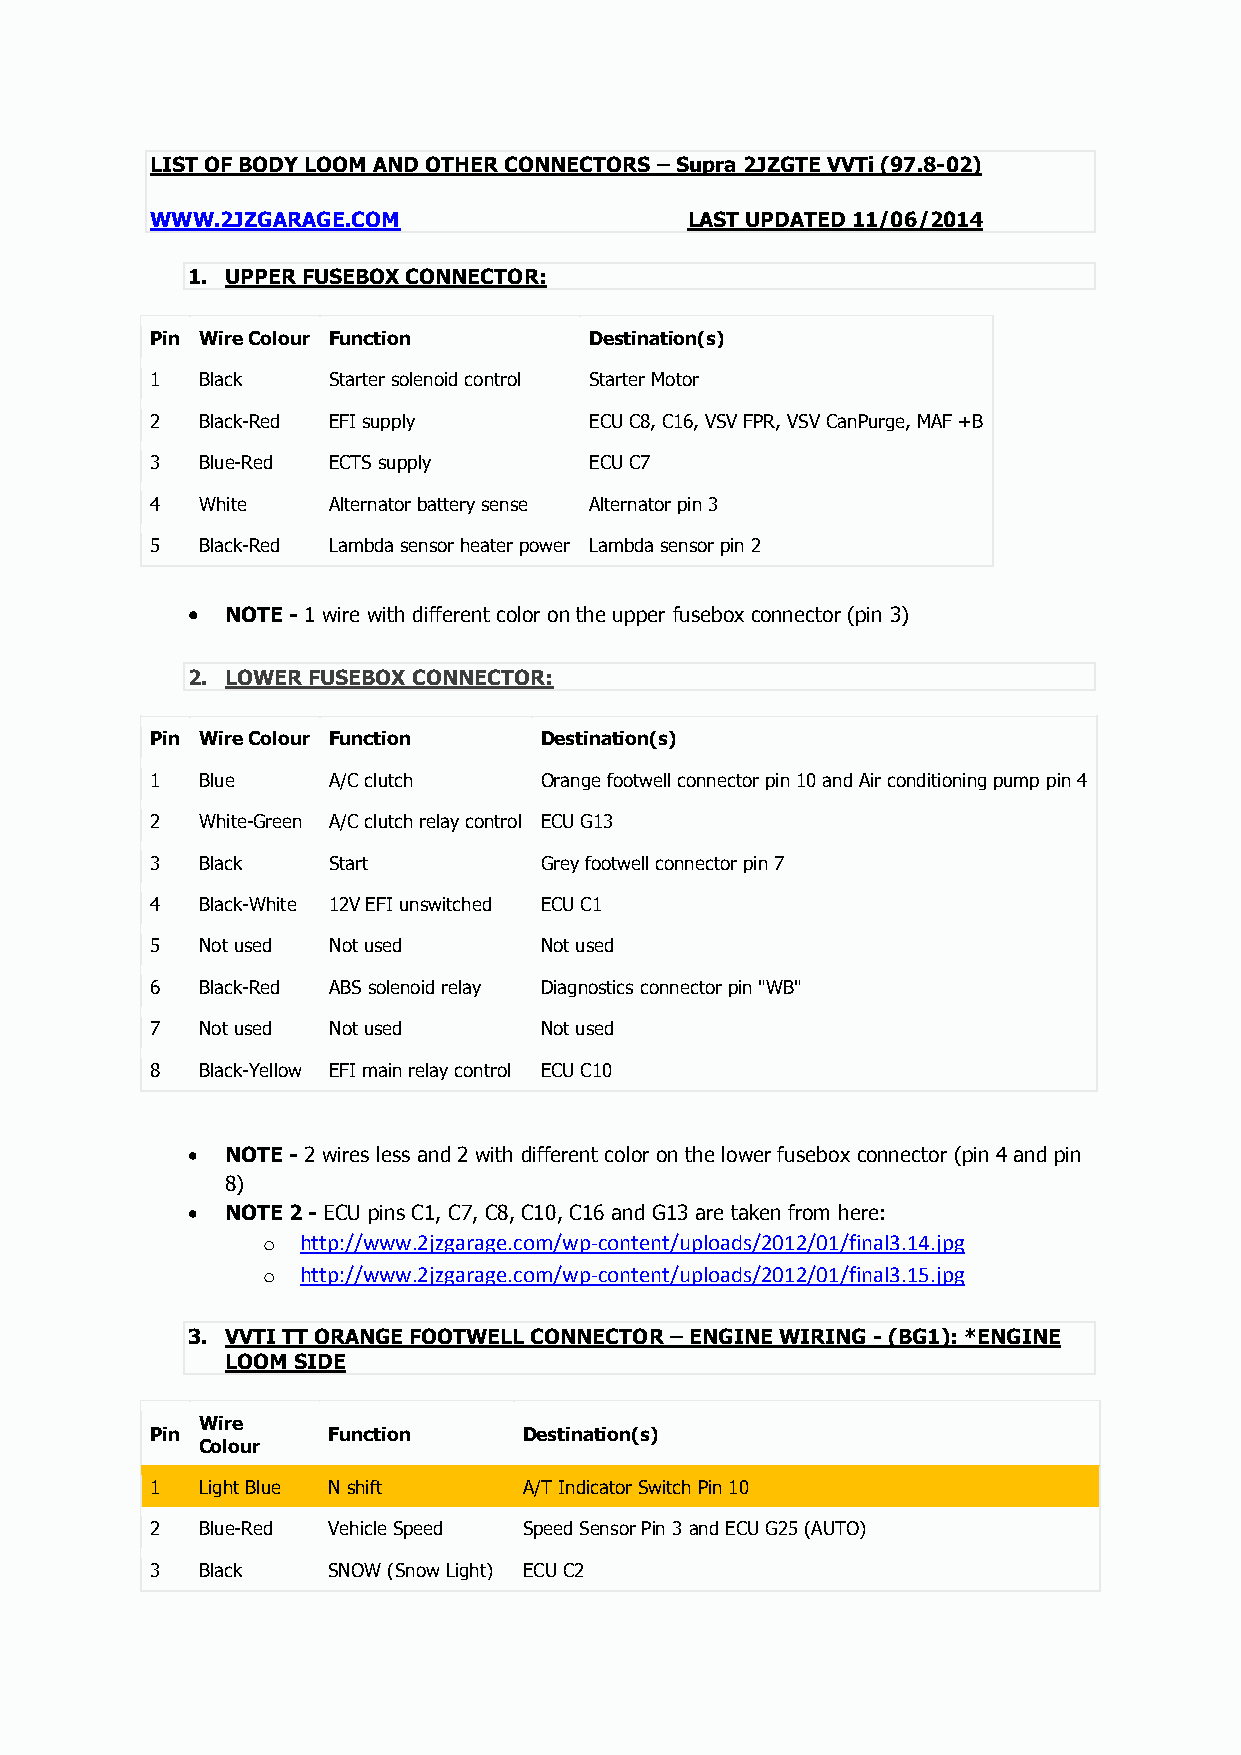
LIST OF BODY LOOM AND OTHER CONNECTORS – Supra 2JZGTE VVTi (97.8-02)
 WWW.2JZGARAGE.COM                  LAST UPDATED 11/06/2014
 1. UPPER FUSEBOX CONNECTOR:
 Pin Wire Colour Function     Destination(s)
 1  Black    Starter solenoid control Starter Motor
 2  Black-Red EFI supply      ECU C8, C16, VSV FPR, VSV CanPurge, MAF +B
 3  Blue-Red ECTS supply      ECU C7
 4  White    Alternator battery sense Alternator pin 3
 5  Black-Red Lambda sensor heater power Lambda sensor pin 2
   NOTE - 1 wire with different color on the upper fusebox connector (pin 3)
 2. LOWER FUSEBOX CONNECTOR:
 Pin Wire Colour Function  Destination(s)
 1  Blue     A/C clutch    Orange footwell connector pin 10 and Air conditioning pump pin 4
 2  White-Green A/C clutch relay control ECU G13
 3  Black    Start         Grey footwell connector pin 7
 4  Black-White 12V EFI unswitched ECU C1
 5  Not used Not used      Not used
 6  Black-Red ABS solenoid relay Diagnostics connector pin "WB"
 7  Not used Not used      Not used
 8  Black-Yellow EFI main relay control ECU C10
   NOTE - 2 wires less and 2 with different color on the lower fusebox connector (pin 4 and pin
 8)
   NOTE 2 - ECU pins C1, C7, C8, C10, C16 and G13 are taken from here:
 o  http://www.2jzgarage.com/wp-content/uploads/2012/01/final3.14.jpg
 o  http://www.2jzgarage.com/wp-content/uploads/2012/01/final3.15.jpg
 3. VVTI TT ORANGE FOOTWELL CONNECTOR – ENGINE WIRING - (BG1): *ENGINE
 LOOM SIDE
 Wire
 Pin         Function     Destination(s)
 Colour
 1  Light Blue N shift    A/T Indicator Switch Pin 10
 2  Blue-Red Vehicle Speed Speed Sensor Pin 3 and ECU G25 (AUTO)
 3  Black    SNOW (Snow Light) ECU C2